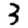
Digit: 3